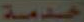
خدمة